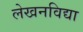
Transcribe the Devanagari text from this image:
लेखनविद्या